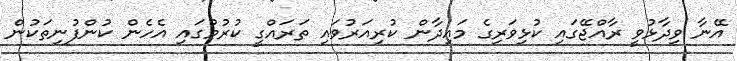
އޭނާ ވިދާޅުވީ ރާއްޖޭގައި ކުޅިވަރިގެ މައިދާން ކުރިއަރުވައި ތަރައްގީ ކުރުމުގައި އެހެން ކުންފުނިތަކުން